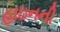
હાઇનની